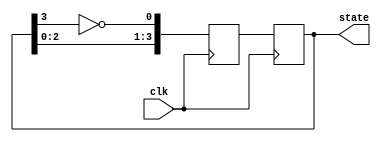
module johnson_counter(
    input wire clk,
    output reg [3:0] state
);

reg [3:0] next_state;

always @(posedge clk) begin
    next_state[0] <= ~state[3];
    next_state[1] <= state[0];
    next_state[2] <= state[1];
    next_state[3] <= state[2];
    
    state <= next_state;
end

endmodule